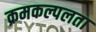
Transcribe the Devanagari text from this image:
क्रमकल्पलता